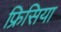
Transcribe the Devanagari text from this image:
फ्रिसिया